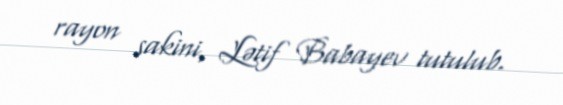
rayon sakini, Lətif Babayev tutulub.